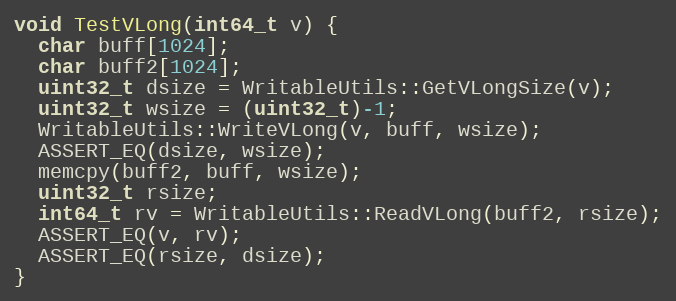
Language: C++
void TestVLong(int64_t v) {
  char buff[1024];
  char buff2[1024];
  uint32_t dsize = WritableUtils::GetVLongSize(v);
  uint32_t wsize = (uint32_t)-1;
  WritableUtils::WriteVLong(v, buff, wsize);
  ASSERT_EQ(dsize, wsize);
  memcpy(buff2, buff, wsize);
  uint32_t rsize;
  int64_t rv = WritableUtils::ReadVLong(buff2, rsize);
  ASSERT_EQ(v, rv);
  ASSERT_EQ(rsize, dsize);
}